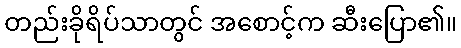
တည်းခိုရိပ်သာတွင် အစောင့်က ဆီးပြော၏။